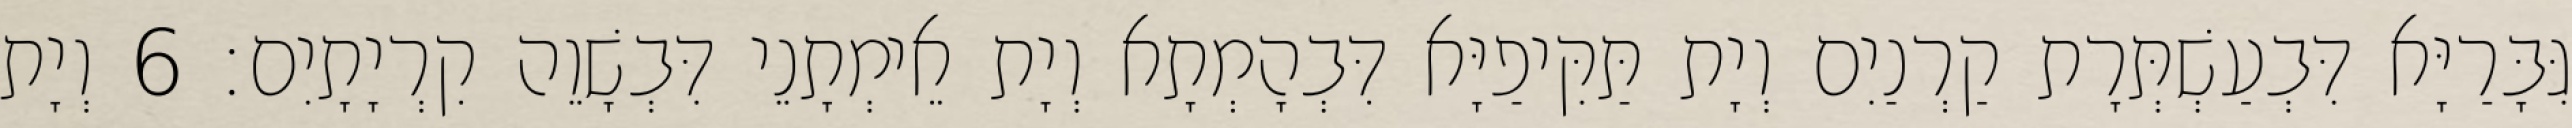
גִּבָּרַיָּא דִּבְעַשְׁתְּרָת קַרְנַיִם וְיָת תַּקִּיפַיָּא דִּבְהָמְתָא וְיָת אֵימְתָנֵי דִּבְשָׁוֵה קִרְיָתָיִם׃ 6 וְיָת